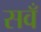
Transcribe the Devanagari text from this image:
सवँ